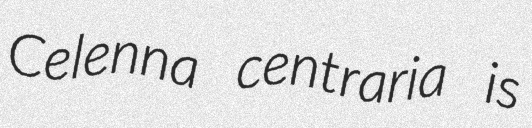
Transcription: Celenna centraria is